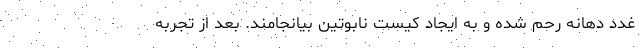
غدد دهانه رحم شده و به ایجاد کیست نابوتین بیانجامند. بعد از تجربه